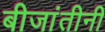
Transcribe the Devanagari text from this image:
बीजांतीनी